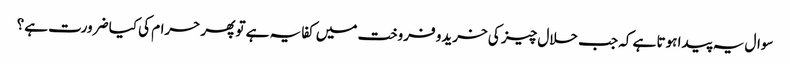
سوال یہ پیدا ہوتا ہے کہ جب حلال چیز کی خریدو فروخت میں کفایہ ہے تو پھر حرام کی کیا ضرورت ہے؟